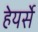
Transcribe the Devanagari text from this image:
हेयर्से